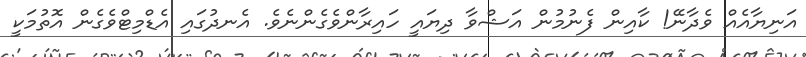
އަނިޔާއެއް ވެދާނޭ! ކާއިން ފެނުމުން އަޝްވާ ދިޔައީ ހައިރާންވެގެންނެވެ. އެނދުގައި އެޑްމިޓްވެގެން އޮތުމަކީ